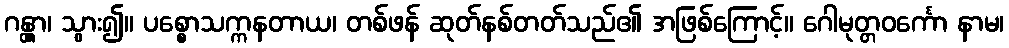
ဂန္တွာ၊ သွား၍။ ပစ္စောသက္ကနတာယ၊ တစ်ဖန် ဆုတ်နစ်တတ်သည်၏ အဖြစ်ကြောင့်။ ဂေါမုတ္တဝင်္ကော နာမ၊